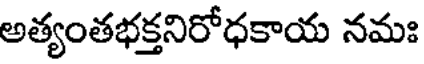
అత్యంతభక్తనిరోధకాయ నమః